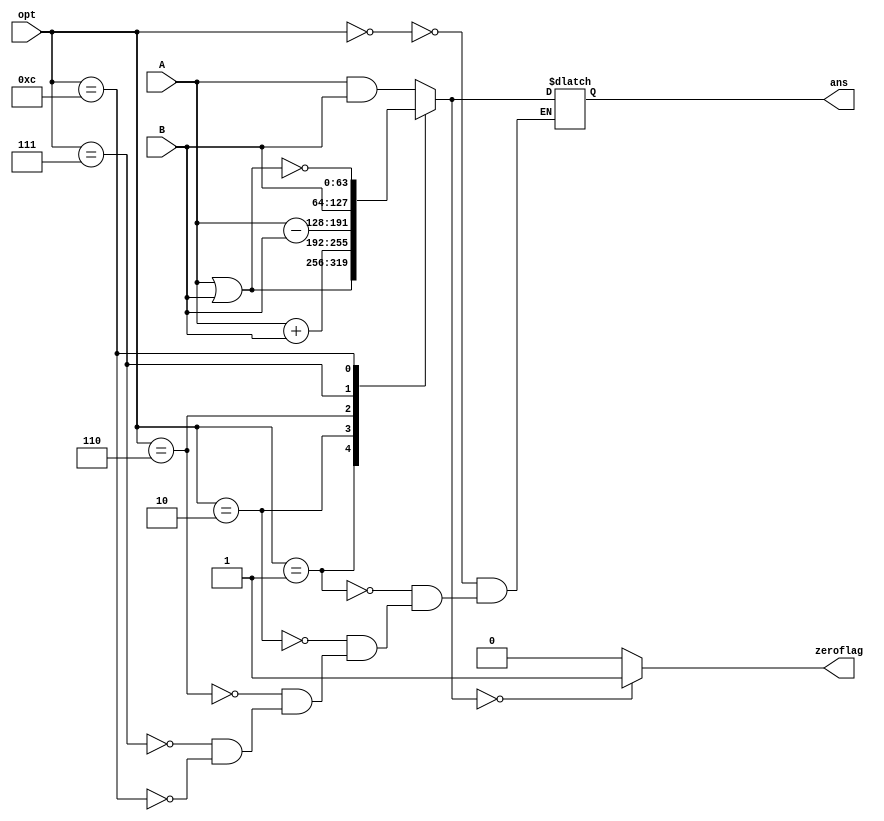
`timescale 1ns / 1ps 
//////////////////////////////////////////////////////////////////////////////////
// Company:
// Engineer:
//
// Design Name:
// Module Name: alu
// Project Name:
// Target Devices:
// Tool Versions:
// Description:
//
// Dependencies:
//
// Revision:
// Revision 0.01 - File Created
// Additional Comments:
//
//////////////////////////////////////////////////////////////////////////////////


module ALU(
           input [63: 0] A,
           input [63: 0] B,
           input [3: 0] opt,
           output reg [63: 0] ans,
           output reg zeroflag
       );

parameter	A_AND = 4'b0000;
parameter	A_OR = 4'b0001;
parameter	A_ADD = 4'b0010;
parameter	A_SUB = 4'b0110;
parameter	A_PAS = 4'b0111;
parameter	A_NOR = 4'b1100;

// wire Co;
// wire [31: 0] tmpans;
// wire Ci = 1'b0;
// adder32 a1(A, B, Ci, tmpans, Co);

always@(A or B or opt) begin
    case (opt)
        A_AND:
            ans = A & B;
        A_OR:
            ans = A | B;
        A_ADD:
            ans = A + B;
        A_SUB:
            ans = A - B;
        A_PAS:
            ans = B;
        A_NOR:
            ans = ~(A | B);
    endcase

    if (ans == 0) begin
        zeroflag = 1'b1;
    end
    else begin
        zeroflag = 1'b0;
    end
end
endmodule